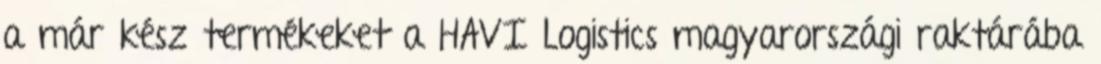
a már kész termékeket a HAVI Logistics magyarországi raktárába